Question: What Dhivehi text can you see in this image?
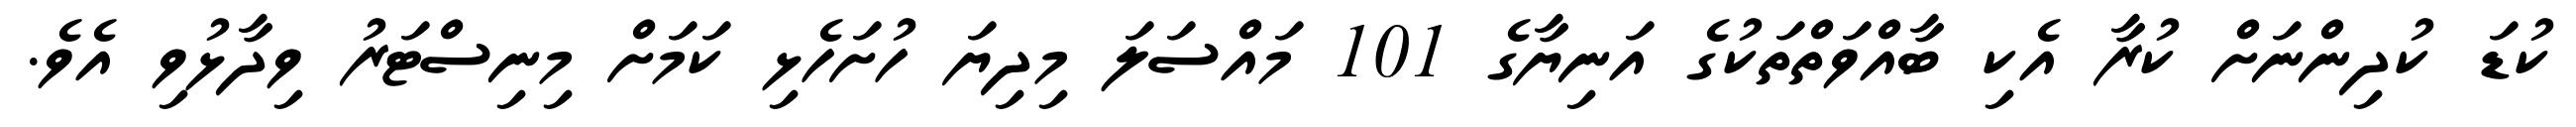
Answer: ކުޑަ ކުދިންނަށް ކުރާ އެކި ބާއްވަތްތަކުގެ އަނިޔާގެ 101 މައްސަލަ މިދިޔަ ހުށަހެޅި ކަމަށް މިނިސްޓަރު ވިދާޅުވި އެވެ.